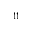
_ { 1 1 }